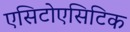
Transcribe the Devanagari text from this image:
एसिटोएसिटिक